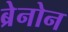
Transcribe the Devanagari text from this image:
ब्रेनोन